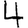
Digit: 4